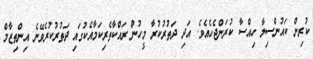
ކުރިން ކައުންސިލާ ހިއްސާ ކުރަންޖެހެއެވެ. އަދި ދަތުރުކުރާ މީހުން ރައްކާތެރިކަމާއެކުގައި ދަތުރުކުރެވޭނެ އިންތިޒާމް